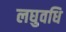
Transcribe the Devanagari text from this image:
लघुवधि